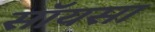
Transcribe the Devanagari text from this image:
सॉयसा